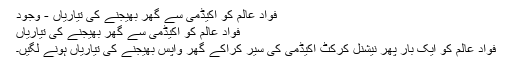
فواد عالم کو اکیڈمی سے گھر بھیجنے کی تیاریاں - وجود
فواد عالم کو اکیڈمی سے گھر بھیجنے کی تیاریاں
فواد عالم کو ایک بار پھر نیشنل کرکٹ اکیڈمی کی سیر کراکے گھر واپس بھیجنے کی تیاریاں ہونے لگیں۔